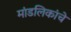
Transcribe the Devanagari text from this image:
मांडलिकांचे